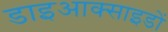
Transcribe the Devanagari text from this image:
डाइआक्साइडों